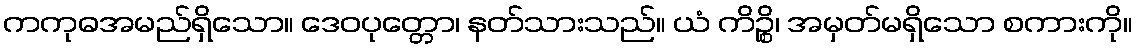
ကကုဓအမည်ရှိသော။ ဒေဝပုတ္တော၊ နတ်သားသည်။ ယံ ကိဉ္စိ၊ အမှတ်မရှိသော စကားကို။